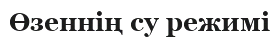
Өзеннің су режимі